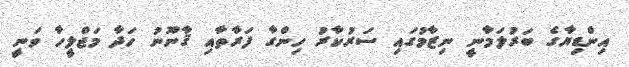
އިންޑިޔާގެ ބަރުލަމާނީ ނިޒާމުގައި ސަރުކާރު ހިންގާ ފަރާތާއި ޤާނޫނު ހަދާ މަޖްލީހާ ވަނީ